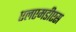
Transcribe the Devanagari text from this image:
एलएमडीएस